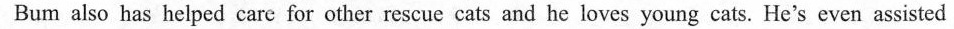
Bum also has helped care for other rescue cats and he loves young cats.He's even assisted